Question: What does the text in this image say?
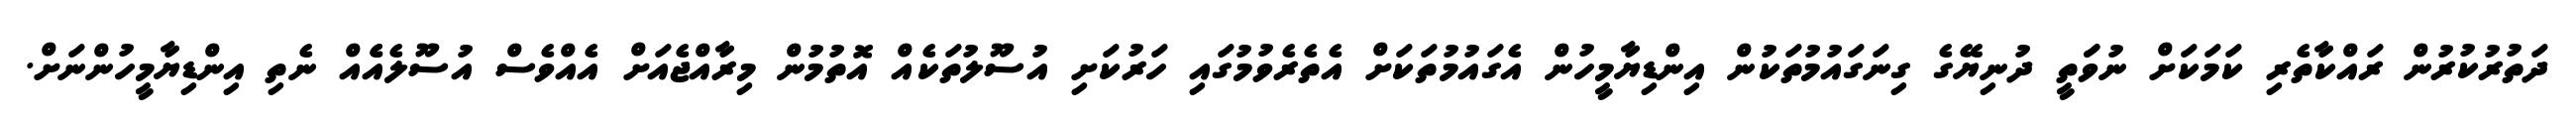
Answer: ދަތުރުކުރުން ރައްކާތެރި ކަމަކަށް ނުވަަތީ ދުނިޔޭގެ ގިނަގައުމުތަކުން އިންޑިޔާމީހުން އެގައުމުތަކަށް އެތެރެވުމުގައި ހަރުކަށި އުސޫލުތަކެއް އޮތުމުން މިރާއްޖެއަށް އެއްވެސް އުސޫލެއެެއް ނެތި އިންޑިޔާމީހުންނަށް.